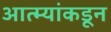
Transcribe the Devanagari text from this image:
आत्म्यांकडून